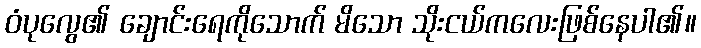
ဝံပုလွေ၏ ချောင်းရေကိုသောက် မိသော သိုးငယ်ကလေးဖြစ်နေပါ၏။